Vaccination in Burma 1920-1933 - 1920-1933
Year: 1920
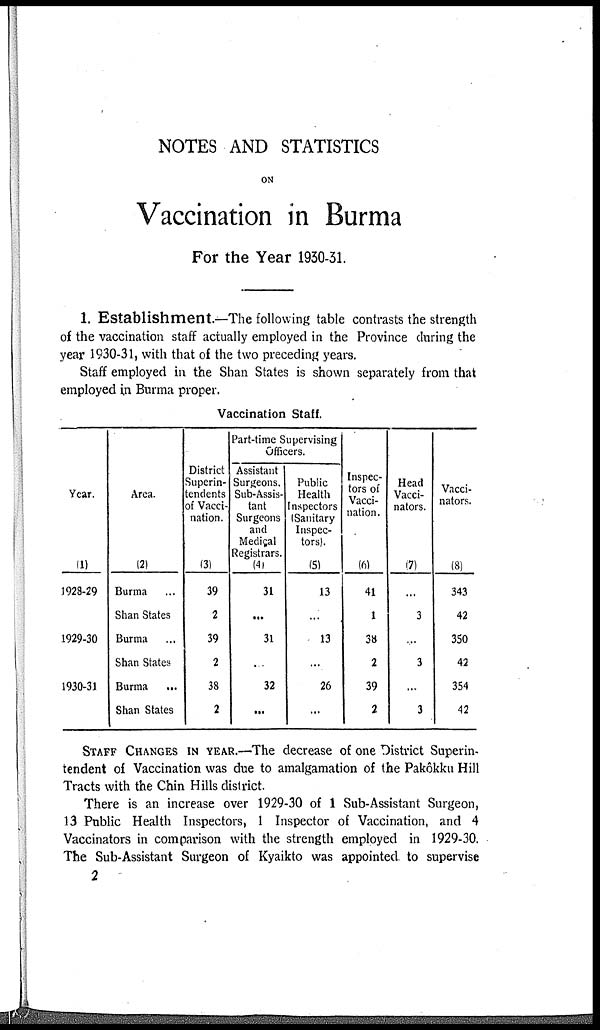
NOTES AND STATISTICS
ON
Vaccination in Burma
For the Year 1930-31.
1. Establishment.—The following table contrasts the strength
of the vaccination staff actually employed in the Province during the
year 1930-31, with that of the two preceding years.
Staff employed in the Shan States is shown separately from that
employed in Burma proper.
Vaccination Staff.
Year.
(1)
1928-29
1929-30
1930-31
Area.
(2)
Burma ...
Shan States
Burma ...
Shan States
Burma
...
Shan States
District
Superin-
tendents
of Vacci-
nation.
(3)
39
2
39
2
38
2
Part-time Supervising
Officers.
Assistant
Surgeons.
Sub-Assis-
tant
Surgeons
and
Medical
Registrars.
(4)
31
...
31
...
32
...
Public
Health
Inspectors
(Sanitary
Inspec-
tors).
(5)
13
...
13
...
26
...
Inspec-
tors of
Vacci-
nation.
(6)
41
1
38
2
39
2
Head
Vacci-
nators.
(7)
...
3
...
3
... 3
Vacci-
nators.
(8)
343
42
350
42
354
42
STAFF CHANGES IN YEAR.—The decrease of one District Superin-
tendent of Vaccination was due to amalgamation of the Pakôkku Hill
Tracts with the Chin Hills district.
There is an increase over 1929-30 of 1 Sub-Assistant Surgeon,
13 Public Health Inspectors, 1 Inspector of Vaccination, and 4
Vaccinators in comparison with the strength employed in 1929-30.
The Sub-Assistant Surgeon of Kyaikto was appointed to supervise
2